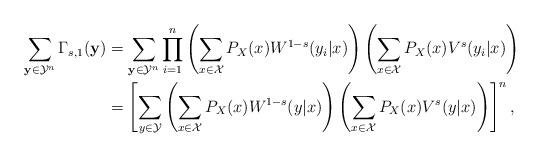
LaTeX: \begin{align*}\sum_{\mathbf{y}\in{\cal Y}^{n}}\Gamma_{s,1}(\mathbf{y}) & =\sum_{\mathbf{y}\in{\cal Y}^{n}}\prod_{i=1}^{n}\left(\sum_{x\in{\cal X}}P_{X}(x)W^{1-s}(y_{i}|x)\right)\left(\sum_{x\in{\cal X}}P_{X}(x)V^{s}(y_{i}|x)\right)\\ & =\left[\sum_{y\in{\cal Y}}\left(\sum_{x\in{\cal X}}P_{X}(x)W^{1-s}(y|x)\right)\left(\sum_{x\in{\cal X}}P_{X}(x)V^{s}(y|x)\right)\right]^{n},\end{align*}